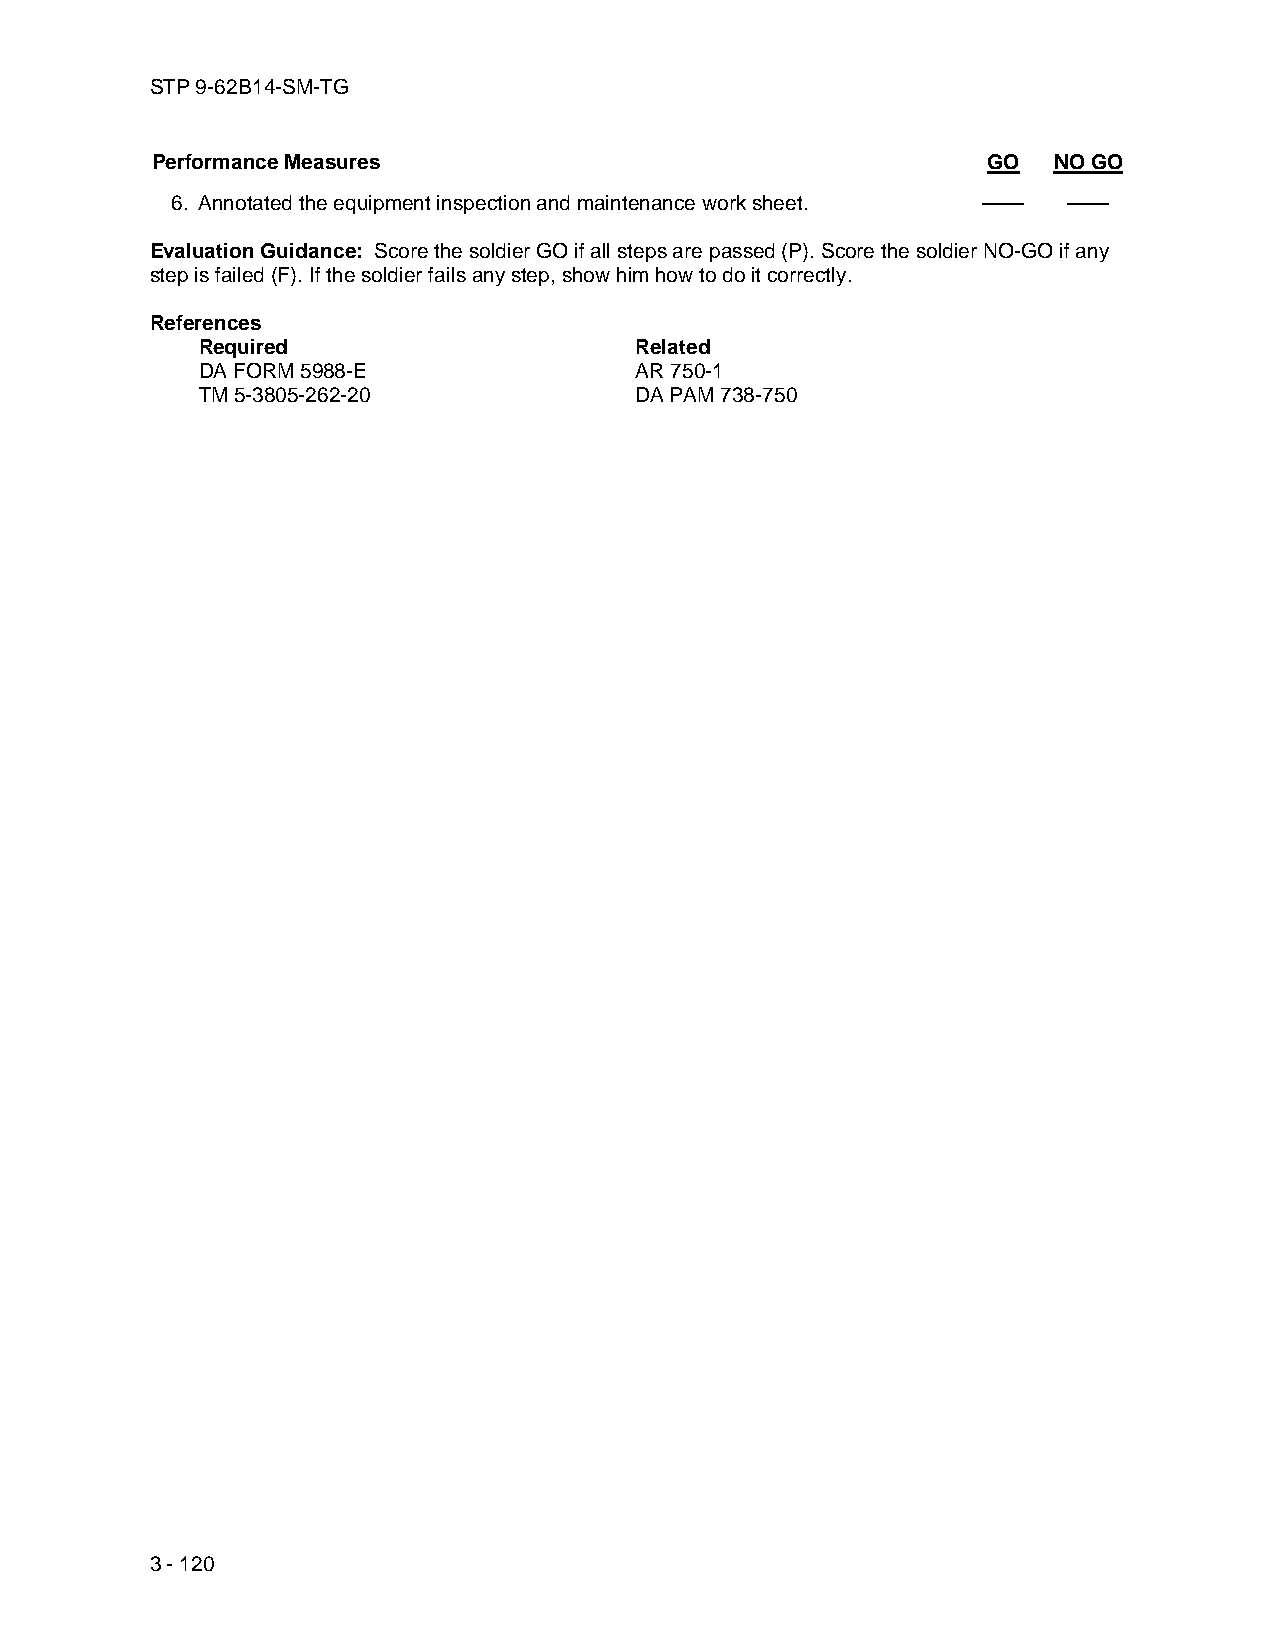
STP 9-62B14-SM-TG
 Performance Measures                                   GO   NO GO
 6. Annotated the equipment inspection and maintenance work sheet. —— ——
 Evaluation Guidance: Score the soldier GO if all steps are passed (P). Score the soldier NO-GO if any
 step is failed (F). If the soldier fails any step, show him how to do it correctly.
 References
 Required                     Related
 DA FORM 5988-E               AR 750-1
 TM 5-3805-262-20             DA PAM 738-750
 3 - 120